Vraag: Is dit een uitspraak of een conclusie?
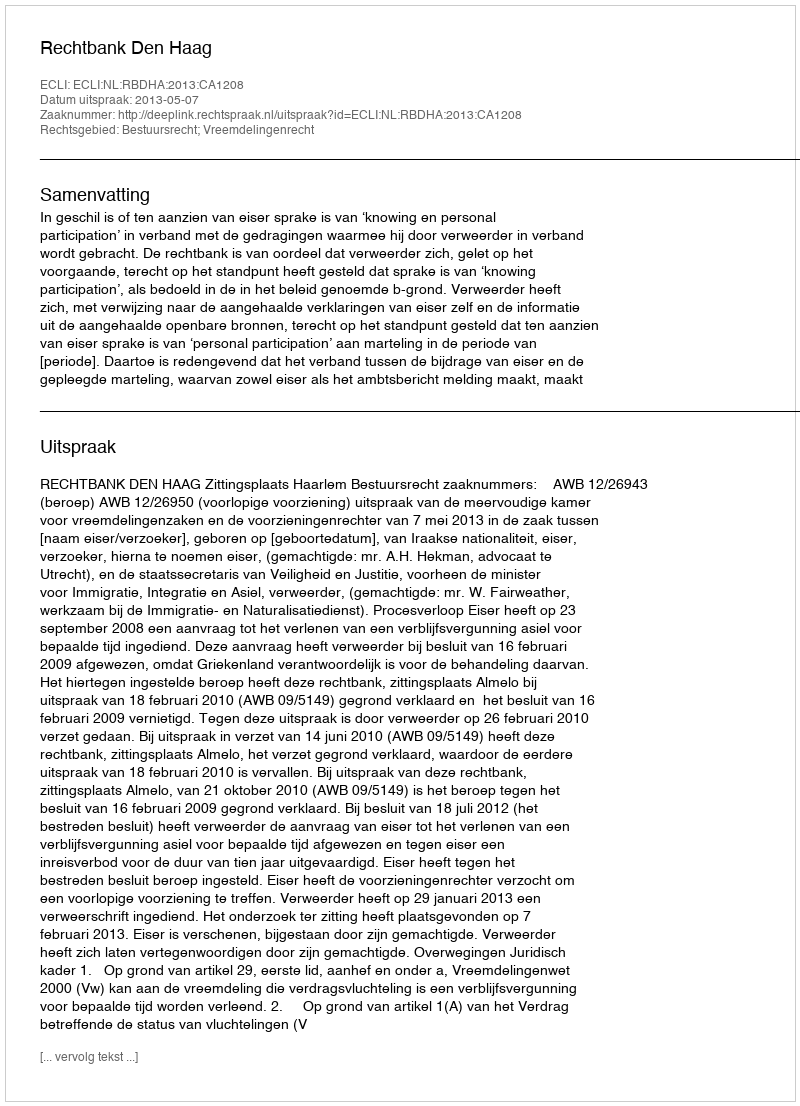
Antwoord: Uitspraak